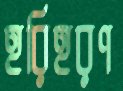
হরিহরণ